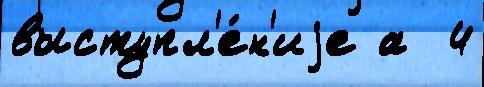
выступл'е́н'иjе а  4